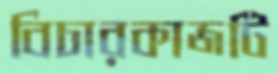
বিচারকাজটি